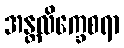
အန္တလိက္ခေစရာ